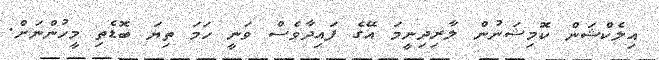
އިލެކްޝަން ކޮމިޝަނުން ލާރިދިނީމަ އޭގެ ފައިދާވެސް ވަނީ ހަމަ ތިޔަ ބޮޑެތި މީހުންނަށް.